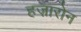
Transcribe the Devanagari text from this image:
हज़ारोन